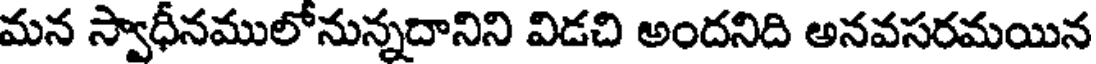
మన స్వాధీనములోనున్నదానిని విడచి అందనిది అనవసరమయిన